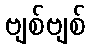
ဗျစ်ဗျစ်